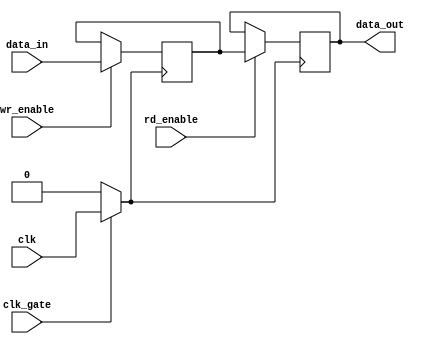
module memory_block (
    input wire clk,         // system clock
    input wire clk_gate,    // clock gating control signal
    input wire [7:0] data_in, // input data
    input wire wr_enable,   // write enable
    input wire rd_enable,   // read enable
    output reg [7:0] data_out // output data
);

    // Internal memory array (for example, 256 x 8 bits)
    reg [7:0] memory_array [0:255];

    // Transmission Gate for Clock Gating
    wire gated_clk;
    assign gated_clk = (clk_gate) ? clk : 1'b0; // Clock is gated based on clk_gate

    // Write Operation
    always @(posedge gated_clk) begin
        if (wr_enable) begin
            // Assuming address is provided separately or through another signal
            // Example hardcoded address for demo purposes
            memory_array[0] <= data_in; // Write to address 0
        end
    end

    // Read Operation
    always @(posedge gated_clk) begin
        if (rd_enable) begin
            // Assuming address is provided separately
            // Example hardcoded address for demo purposes
            data_out <= memory_array[0]; // Read from address 0
        end
    end

endmodule